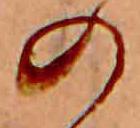
の